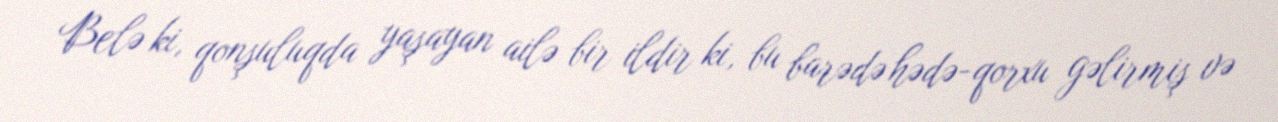
Belə ki, qonşuluqda yaşayan ailə bir ildir ki, bu barədə hədə-qorxu gəlirmiş və